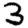
Digit: 3